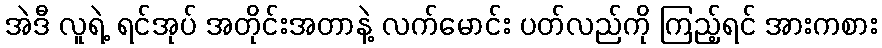
အဲဒီ လူရဲ့ ရင်အုပ် အတိုင်းအတာနဲ့ လက်မောင်း ပတ်လည်ကို ကြည့်ရင် အားကစား